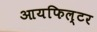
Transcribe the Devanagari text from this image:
आयफिल्टर